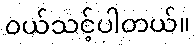
၀ယ်သင့်ပါတယ်။